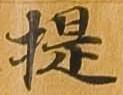
提